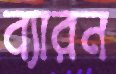
ব্যারন